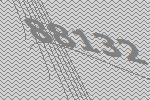
88132